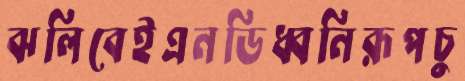
ঝলিবেইএনডিধ্বনিরূপচু